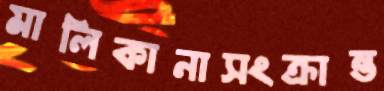
মালিকানাসংক্রান্ত